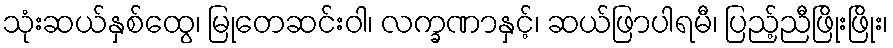
သုံးဆယ်နှစ်ထွေ၊ မြုတေဆင်းဝါ၊ လက္ခဏာနှင့်၊ ဆယ်ဖြာပါရမီ၊ ပြည့်ညီဖြိုးဖြိုး၊